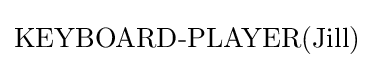
{\textrm {KEYBOARD-PLAYER(Jill)}}